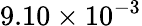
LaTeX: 9.10\times 10^{-3}